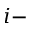
i -